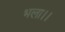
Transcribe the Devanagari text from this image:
भला।।